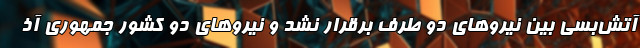
آتش‌بسی بین نیروهای دو طرف برقرار نشد و نیروهای دو کشور جمهوری آذ